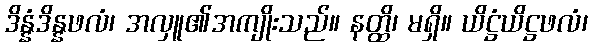
ဒိန္နံဒိန္နဖလံ၊ အလှူ၏အကျိုးသည်။ နတ္ထိ၊ မရှိ။ ယိဋ္ဌံယိဋ္ဌဖလံ၊